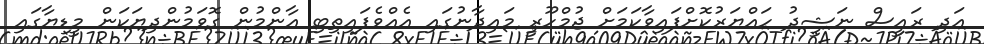
އަދި ރައީސް ނަޝީދު ހައްޔަރުކޮށްފައިވާކަމަށް ޖުމްހޫރީ މައިދާނުގައި އެއްވެފައިތިބި އާންމުން ގޮވަމުންދިޔަކަން މީޑިޔާގައި